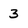
Character: 3